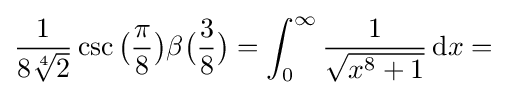
{\frac {1}{8{\sqrt[{4}]{2}}}}\csc {\bigl (}{\frac {\pi }{8}}{\bigr )}\beta {\bigl (}{\frac {3}{8}}{\bigr )}=\int _{0}^{\infty }{\frac {1}{\sqrt {x^{8}+1}}}\,\mathrm {d} x=